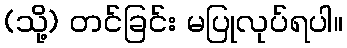
(သို့) တင်ခြင်း မပြုလုပ်ရပါ။